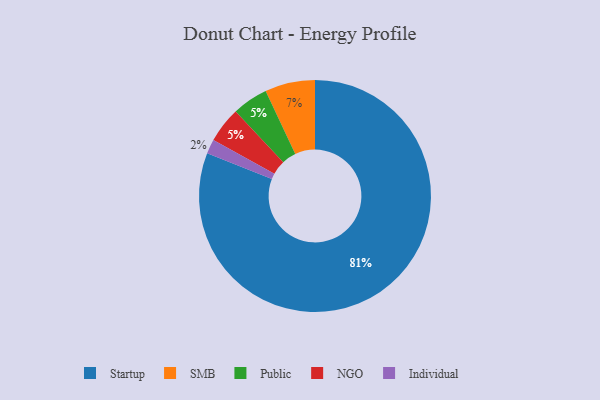
{"axis": {"x": "Category", "y": "Percentage"}, "legend": ["Individual", "NGO", "Public", "SMB", "Startup"], "data": [{"x": "Individual", "y": 2, "type": "Individual"}, {"x": "Startup", "y": 81, "type": "Startup"}, {"x": "Public", "y": 5, "type": "Public"}, {"x": "NGO", "y": 5, "type": "NGO"}, {"x": "SMB", "y": 7, "type": "SMB"}]}